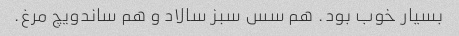
بسیار خوب بود. هم سس سبز سالاد و هم ساندویچ مرغ.